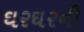
ઘરઘરની